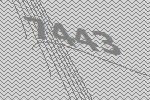
7443